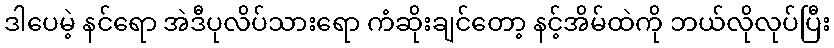
ဒါပေမဲ့ နင်ရော အဲဒီပုလိပ်သားရော ကံဆိုးချင်တော့ နင့်အိမ်ထဲကို ဘယ်လိုလုပ်ပြီး